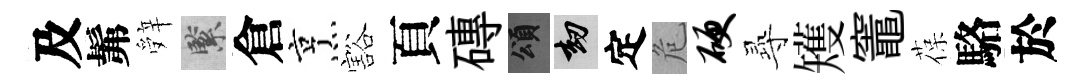
及髴辤緊倉烹豁頁磚頌劫定危硬𡬶矱竈葆駱於